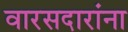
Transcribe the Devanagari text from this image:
वारसदारांना